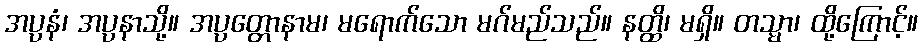
အပ္ပနံ၊ အပ္ပနာသို့။ အပ္ပတ္တောနာမ၊ မရောက်သော မဂ်မည်သည်။ နတ္ထိ၊ မရှိ။ တသ္မာ၊ ထို့ကြောင့်။